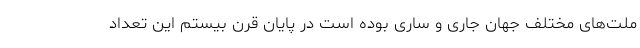
ملت‌های مختلف جهان جاری و ساری بوده است در پایان قرن بیستم این تعداد